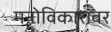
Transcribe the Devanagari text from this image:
मनोविकारांवर